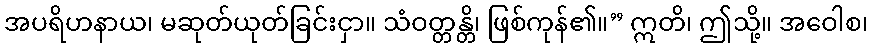
အပရိဟနာယ၊ မဆုတ်ယုတ်ခြင်းငှာ။ သံဝတ္တန္တိ၊ ဖြစ်ကုန်၏။” ဣတိ၊ ဤသို့။ အဝေါစ၊